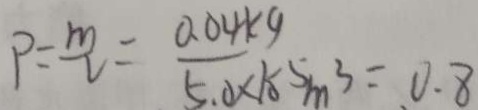
P = \frac { m } { v } = \frac { 0 . 0 4 k g } { 5 . 0 \times 1 0 ^ { - 5 } m ^ { 3 } } = 0 . 8